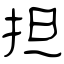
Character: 担